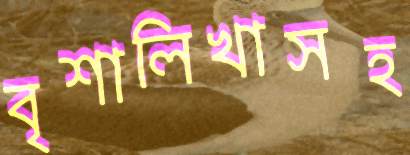
বৃশালিখাসহ